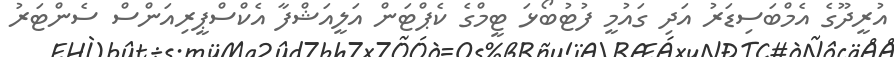
އުރީދޫގެ އެމްބަސިޑަރު އަދި ގައުމީ ފުޓުބޯޅަ ޓީމްގެ ކެޕްޓަން އަލީއަޝްފާ އެކްސްޕީރިއަންސް ސެންޓަރު